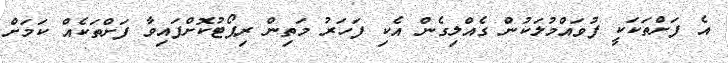
އެ ފަށްތަކަކީ ފުވައްމުލަކުން ގެއްލިގެން އެކި ފަހަރު މަތިން ރިޕޯޓުކޮށްފައިވާ ފަށްތަކެއް ކަމަށް